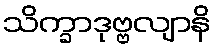
သိက္ခာဒုဗ္ဗလျာနိ